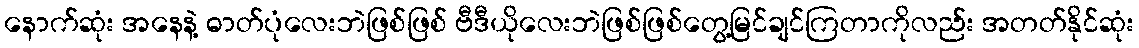
နောက်ဆုံး အနေနဲ့ ဓာတ်ပုံလေးဘဲဖြစ်ဖြစ် ဗီဒီယိုလေးဘဲဖြစ်ဖြစ်တွေ့မြင်ချင်ကြတာကိုလည်း အတတ်နိုင်ဆုံး